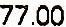
77.00